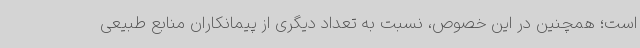
است؛ همچنین در این خصوص، نسبت به تعداد دیگری از پیمانکاران منابع طبیعی